Civil Veterinary Department. Madras. Admin. report 1910-25 - 1910-1925
Year: 1910
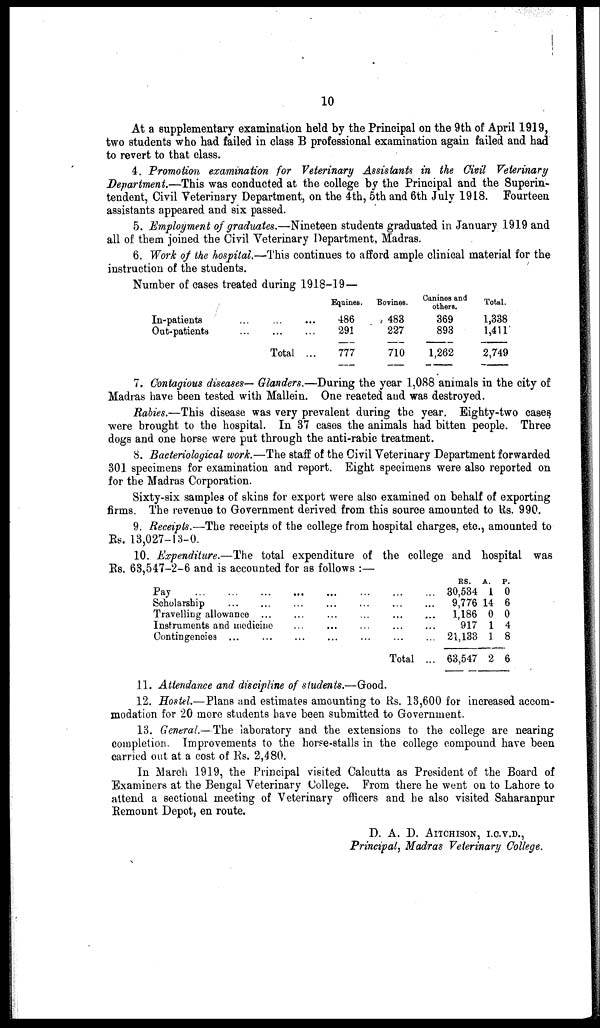
10
At a supplementary examination held by the Principal on the 9th of April 1919,
two students who had failed in class B professional examination again failed and had
to revert to that class.
4. Promotion examination for Veterinary Assistants in the Civil Veterinary
Department.—This was conducted at the college by the Principal and the Superin-
tendent, Civil Veterinary Department, on the 4th, 5th and 6th July 1918. Fourteen
assistants appeared and six passed.
5. Employment of graduates.—Nineteen students graduated in January 1919 and
all of them joined the Civil Veterinary Department, Madras.
6. Work of the hospital.—This continues to afford ample clinical material for the
instruction of the students.
Number of cases treated during 1918-19 —
In-patients
Out-patients
...
...
...
...
Total
...
...
...
Equines.
486
291
777
Bovines.
483
227
710
Canines and
others.
369
893
1,262
Total.
1,338
1,411
2,749
7. Contagious diseases— Glanders.—During the year 1,088 animals in the city of
Madras have been tested with Mallein. One reacted and was destroyed.
Rabies.—This disease was very prevalent during the year. Eighty-two cases
were brought to the hospital. In 37 cases the animals had bitten people. Three
dogs and one horse were put through the anti-rabic treatment.
8. Bacteriological work.—The staff of the Civil Veterinary Department forwarded
301 specimens for examination and report. Eight specimens were also reported on
for the Madras Corporation.
Sixty-six samples of skins for export were also examined on behalf of exporting
firms. The revenue to Government derived from this source amounted to Us. 990.
9. Receipts.—The receipts of the college from hospital charges, etc., amounted to
Rs. 13,027-13-0.
10. Expenditure.—The total expenditure of the college and hospital was
Rs. 63,547-2-6 and is accounted for as follows:—
Pay ... ... ...
Scholarship ... ...
Travelling allowance ...
Instruments and medicine
Contingencies ...
...
...
...
...
...
...
....
...
...
...
...
...
...
...
...
...
...
...
...
...
Total
...
...
...
...
...
...
RS.
A.
P.
30,534 1 0
9,776 14 6
1,186 0 0
917 1 4
21,133 1 8
63,547 2 6
11. Attendance and discipline of students.—Good.
12. Hostel.—Plans and estimates amounting to Rs. 13,600 for increased accom-
modation for 20 more students have been submitted to Government.
13. General.—The laboratory and the extensions to the college are nearing
completion. Improvements to the horse-stalls in the college compound have been
carried out at a cost of Rs. 2,480.
In March 1919, the Principal visited Calcutta as President of the Board of
Examiners at the Bengal Veterinary College. From there he went on to Lahore to
attend a sectional meeting of Veterinary officers and he also visited Saharanpur
Remount Depot, en route.
D. A. D. AITCHISON, I.O.V.D.,
Principal, Madras Veterinary College.